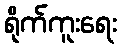
ရိုက်ကူးရေး